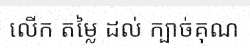
លើក តម្លៃ ដល់ ក្បាច់គុណ